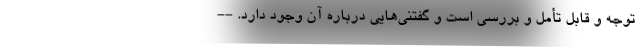
توجه و قابل تأمل و بررسی است و گفتنی‌هایی درباره آن وجود دارد. --